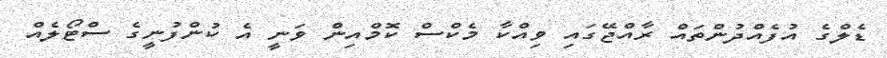
ޑެލްގެ އުފެއްދުންތައް ރާއްޖޭގައި ވިއްކާ މެކްސް ކޮމްއިން ވަނީ އެ ކުންފުނީގެ ސްޓޯލެއް